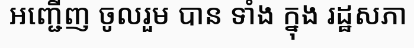
អញ្ជើញ ចូលរួម បាន ទាំង ក្នុង រដ្ឋសភា